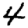
Digit: 4